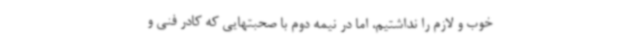
خوب و لازم را نداشتیم، اما در نیمه دوم با صحبتهایی که کادر فنی و